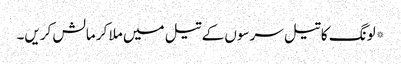
*لونگ کا تیل سرسوں کے تیل میں ملا کر مالش کریں۔